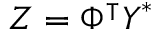
\boldsymbol { Z } = \boldsymbol { \Phi } ^ { \intercal } \boldsymbol { Y } ^ { \ast }